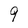
Character: 9